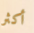
أكثر